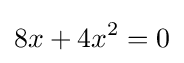
8x+4x^{2}=0